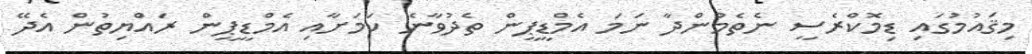
މިޤައުމުގައި ޑިމޮކްރެސީ ނެތެމުންދާ ނަމަ އެމްޑީޕީން ތެދުވާނެ ކަމަށާއި އެމްޑީޕީން ރައްޔިތުން އެދޭ